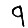
Digit: 9